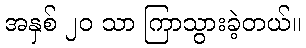
အနှစ် ၂၀ သာ ကြာသွားခဲ့တယ်။